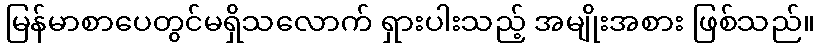
မြန်မာစာပေတွင်မရှိသလောက် ရှားပါးသည့် အမျိုးအစား ဖြစ်သည်။